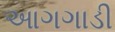
આગગાડી